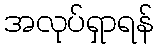
အလုပ်ရှာရန်